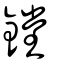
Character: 鏜